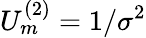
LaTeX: U_{m}^{(2)}=1/\sigma^{2}